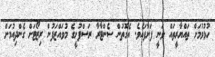
ހުޅުވުމަށް ތައްޔާރީތައް ވަނީ ފަށާފައެވެ. އެގޮތުން ސެންޓާރާ ރަސްފުށީގެ މުވައްޒަފުން ރިޒޯޓަށް ގެންދިއުމަށް